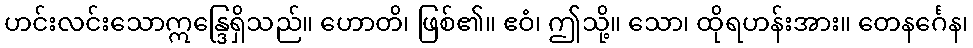
ဟင်းလင်းသောဣန္ဒြေရှိသည်။ ဟောတိ၊ ဖြစ်၏။ ဧဝံ၊ ဤသို့။ သော၊ ထိုရဟန်းအား။ တေနင်္ဂေန၊